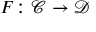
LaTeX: F \colon { \mathcal { C } } \rightarrow { \mathcal { D } }